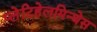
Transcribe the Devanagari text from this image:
प्लेटिहेलमिन्थेस